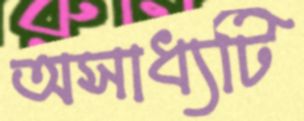
অসাধ্যটি